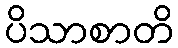
ပိသာစာတိ